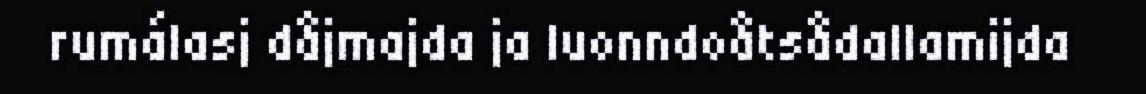
rumálasj dåjmajda ja luonndoåtsådallamijda